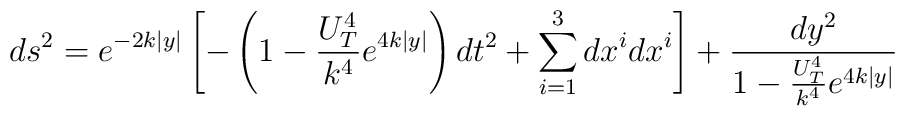
ds^2 = e^{-2k\mid y \mid}\left[ -\left( 1 - \frac{U_T^4}{k^4} e^{4 k \mid y \mid} \right) dt^2       +\sum^3_{i=1} dx^i dx^i \right]       + \frac{dy^2}{1 - \frac{U_T^4}{k^4} e^{4 k \mid y \mid}}